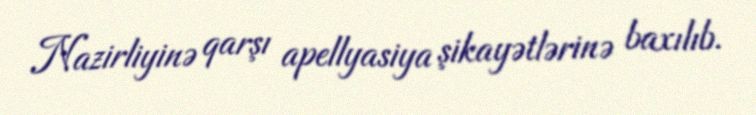
Nazirliyinə qarşı apellyasiya şikayətlərinə baxılıb.